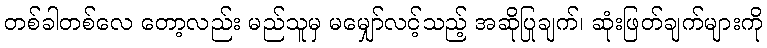
တစ်ခါတစ်လေ တော့လည်း မည်သူမှ မမျှော်လင့်သည့် အဆိုပြုချက်၊ ဆုံးဖြတ်ချက်များကို